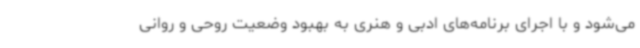
می‌شود و با اجرای برنامه‌های ادبی و هنری به بهبود وضعیت روحی و روانی